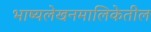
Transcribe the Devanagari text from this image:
भाष्यलेखनमालिकेतील